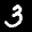
Digit: 3